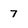
Character: 7